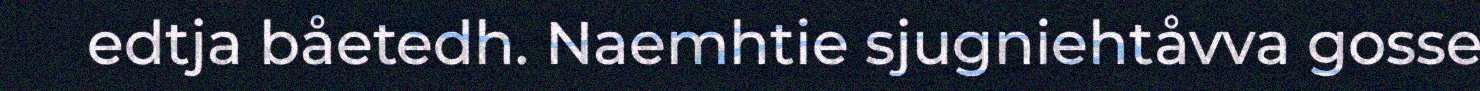
edtja båetedh. Naemhtie sjugniehtåvva gosse